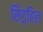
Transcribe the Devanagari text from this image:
सिंड्रहिल